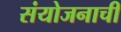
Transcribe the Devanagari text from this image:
संयोजनाची